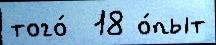
того́  18 о́пыт